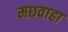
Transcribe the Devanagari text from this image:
मछवाहा